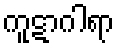
ကူဋာဂါရာ